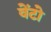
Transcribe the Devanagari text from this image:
वेंटो